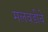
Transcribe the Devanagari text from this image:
मलवडीचे